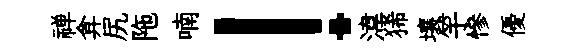
禅弇尻陁喃！湋狶壤竽慘優